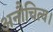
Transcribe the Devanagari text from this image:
अनौचित्य।